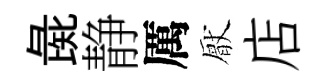
彘静厲厭店